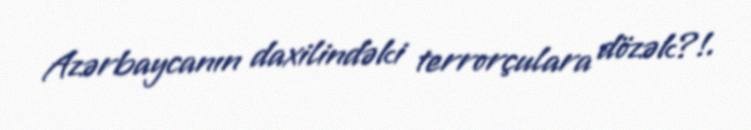
Azərbaycanın daxilindəki terrorçulara dözək?!.